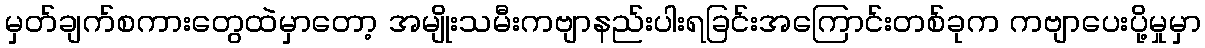
မှတ်ချက်စကားတွေထဲမှာတော့ အမျိုးသမီးကဗျာနည်းပါးရခြင်းအကြောင်းတစ်ခုက ကဗျာပေးပို့မှုမှာ